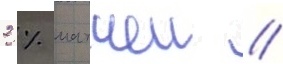
2 % матчеи //